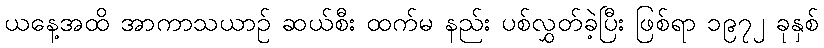
ယနေ့အထိ အာကာသယာဉ် ဆယ်စီး ထက်မ နည်း ပစ်လွှတ်ခဲ့ပြီး ဖြစ်ရာ ၁၉၇၂ ခုနှစ်